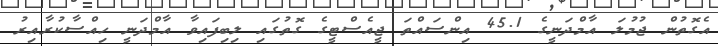
އެގޮތުން ޖުމުލަ އާމްދަނީގެ 45.1 އިންސައްތަ ޖީއެސްޓީގެ ގޮތުގައި ލިބިފައިވާ އާމްދަނީ ހިއްސާކުރާއިރު